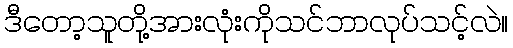
ဒီတော့သူတို့အားလုံးကိုသင်ဘာလုပ်သင့်လဲ။